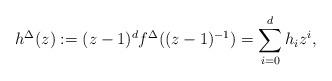
LaTeX: \begin{align*} h^\Delta(z) := (z-1)^d f^\Delta((z-1)^{-1}) = \sum_{i=0}^dh_iz^i,\end{align*}